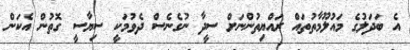
އެ ބަދަލުގެ މައުލޫމާތުތައް ރައްޔިތުންނަށް ސީދާ ނުގެނެސް ދެވުމަކީ ސިޔާސީ ގޮތުން އެކަން